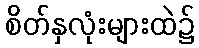
စိတ်နှလုံးများထဲ၌